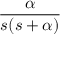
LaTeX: \frac { \alpha } { s ( s + \alpha ) }